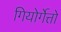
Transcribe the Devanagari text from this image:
गियोर्गेत्तो